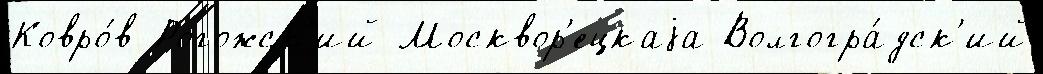
Ковро́в Рогожск'ий Москвор'ецкаjа Волгогра́дск'ий